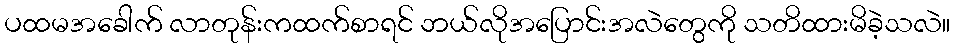
ပထမအခေါက် လာတုန်းကထက်စာရင် ဘယ်လိုအပြောင်းအလဲတွေကို သတိထားမိခဲ့သလဲ။